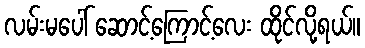
လမ်းမပေါ် ဆောင့်ကြောင့်လေး ထိုင်လို့ရယ်။